Civil Veterinary Dept. Bombay admin report 1923-31 - 1923-1931
Year: 1923
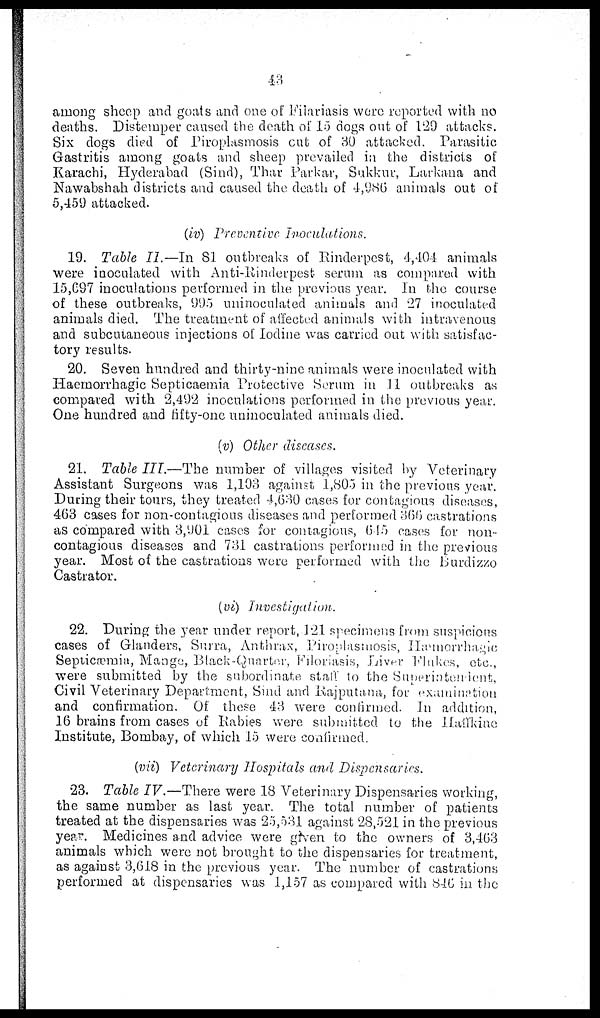
43
among sheep and goats and one of Filariasis were reported with no
deaths. Distemper caused the death of 15 dogs out of 129 attacks.
Six dogs died of Piroplasmosis cut of 30 attacked. Parasitic
Gastritis among goats and sheep prevailed in the districts of
Karachi, Hyderabad (Sind), Thar Parkar, Sukkur, Larkana and
Nawabshah districts and caused the death of 4,986 animals out of
5,459 attacked.
(iv) Preventive Inoculations.
19. Table II.—In 81 outbreaks of Rinderpest, 4,404 animals
were inoculated with Anti-Rinderpest serum as compared with
15,697 inoculations performed in the previous year. In the course
of these outbreaks, 995 uninoculated animals and 27 inoculated
animals died. The treatment of affected animals with intravenous
and subcutaneous injections of Iodine was carried out with satisfac-
tory results.
20. Seven hundred and thirty-nine animals were inoculated with
Haemorrhagic Septicaemia Protective Serum in 11 outbreaks as
compared with 2,492 inoculations performed in the previous year.
One hundred and fifty-one uninoculated animals died.
(v) Other diseases.
21. Table III.—The number of villages visited by Veterinary
Assistant Surgeons was 1,103 against 1,805 in the previous year.
During their tours, they treated 4,630 cases for contagious diseases,
463 cases for non-contagious diseases and performed 366 castrations
as compared with 3,901 cases for contagious, 645 cases for non-
contagious diseases and 731 castrations performed in the previous
year. Most of the castrations were performed with the Burdizzo
Castrator.
(vi) Investigation.
22. During the year under report, 121 specimens from suspicious
cases of Glanders, Surra, Anthrax, Piroplasmosis, Hæmorrhagic
Septicæmia, Mange, Black-Quarter, Filoriasis, Liver Flukes, etc.,
were submitted by the subordinate staff to the Superintendent,
Civil Veterinary Department, Sind and Rajputana, for examination
and confirmation. Of these 43 were confirmed. In addition,
16 brains from cases of Rabies were submitted to the Haffkine
Institute, Bombay, of which 15 were confirmed.
(vii) Veterinary Hospitals and Dispensaries.
23. Table IV.—There were 18 Veterinary Dispensaries working,
the same number as last year. The total number of patients
treated at the dispensaries was 25,531 against 28,521 in the previous
year. Medicines and advice were grven to the owners of 3,463
animals which were not brought to the dispensaries for treatment,
as against 3,618 in the previous year. The number of castrations
performed at dispensaries was 1,157 as compared with 846 in the